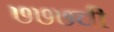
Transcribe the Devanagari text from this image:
७७७ची